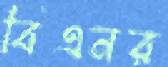
বিএনর